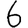
Digit: 6